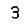
Digit: 3